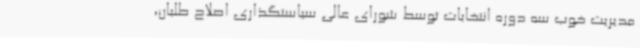
مدیریت خوب سه دوره انتخابات توسط شورای عالی سیاستگذاری اصلاح طلبان،